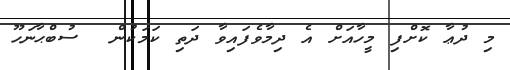
މި ދުޢާ ކޮށްފި މީހާއަށް އެ ދިމާވެފައިވާ ދަތި ކަމަކުން  ސުބްޙާނަހޫ